Investigations on Bengal jail dietaries - Number 37
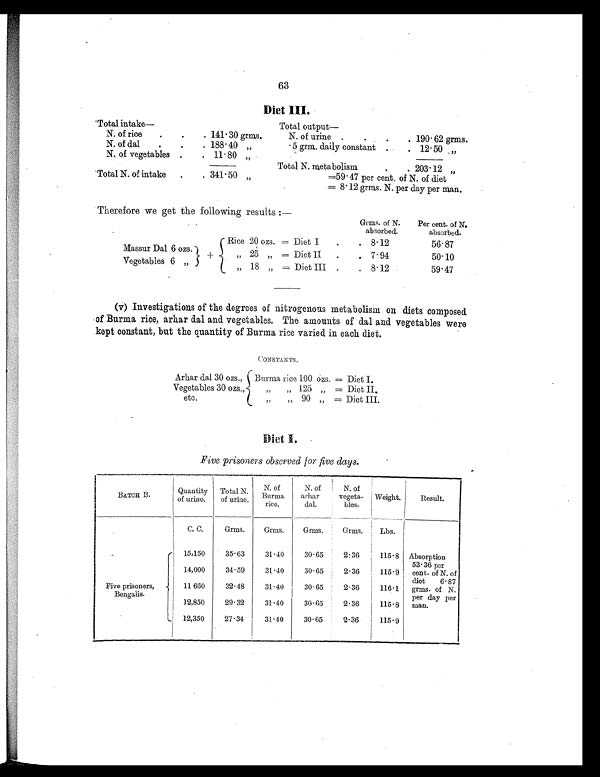
63
Diet III.
Total intake—
Total output—
N. of rice .
.
. 141.30 grms.
N. of urine .
.
.
. 190.62 grms.
N. of dal
.
.
. 188.40 „
.5 grm. daily constant . . 12.50 „
N. of vegetables .
. 11.80 „
Total N. metabolism
.
. 203.12 „
Total N. of intake .
. 341.50 „
=59.47 per cent. of N. of diet
= 8.12 grms. N. per day per man.
Therefore we get the following results :—
Grms. of N.
absorbed.
Per cent. of N.
absorbed.
+
Rice 20 ozs. = Diet I .
. 8.12
56.87
Massur Dal 6 ozs.
„ 25 „ = Diet II .
. 7.94
50.10
Vegetables 6 „
„ 18 „ = Diet III .
. 8.12
59.47
(v) Investigations of the degrees of nitrogenous metabolism on diets composed
of Burma rice, arhar dal and vegetables. The amounts of dal and vegetables were
kept constant, but the quantity of Burma rice varied in each diet.
CONSTANTS.
Arhar dal 30 ozs., Burma rice 100 oze. = Diet I.
Vegetables 30 ozs.,
„ „ 125 „ = Diet II.
etc.
„ „ 90 „ = Diet III.
Diet I.
Five prisoners observed for five days.
BATCH B.
Quantity
of urine.
Total N.
of urine.
N. of
Burma
rice.
N. of
arhar
dal.
N. of
vegeta-
bles.
Weight.
Result.
C. C.
Grms.
Grms.
Grms.
Grms. Lbs.
Five prisoners,
Bengalis.
15,150
35.63
31.40
30.65
2.36
115.8 Absorption
53.36 per.
cent. of N. of
diet 6.87
grms. of N.
per day per
man.
14,000
34.59
31.40
30.65
2.36
115.9
11 660
32.48
31.40
30.65
2.36
116.1
12,850
29.32
31.40
30.65
2.36
115.8
12,350
27.34
31.40
30.65
2.36
115.9